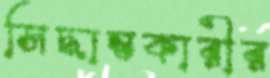
সিদ্ধান্তকারীর